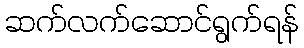
ဆက်လက်ဆောင်ရွက်ရန်